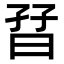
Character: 𡥨